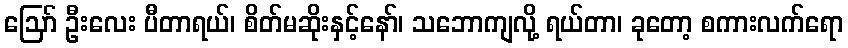
ဪ ဦးလေး ပီတာရယ်၊ စိတ်မဆိုးနှင့်နော်၊ သဘောကျလို့ ရယ်တာ၊ ခုတော့ စကားလက်ရော